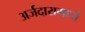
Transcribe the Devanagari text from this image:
अर्जदारामध्ये